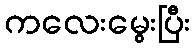
ကလေးမွေးပြီး